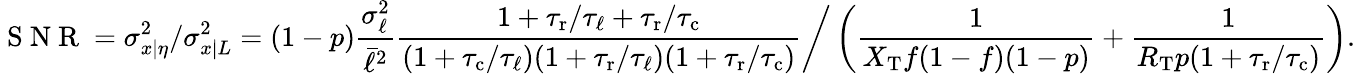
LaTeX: \mathrm{~S~N~R~}=\sigma_{x|\eta}^{2}/\sigma_{x|L}^{2}=(1-p)\frac{\sigma_{\ell}^{2}}{\bar{\ell}^{2}}\frac{1+{\tau_{\mathrm{r}}}/\tau_{\ell}+{\tau_{\mathrm{r}}}/{\tau_{\mathrm{c}}}}{(1+{\tau_{\mathrm{c}}}/\tau_{\ell})(1+{\tau_{\mathrm{r}}}/\tau_{\ell})(1+{\tau_{\mathrm{r}}}/{\tau_{\mathrm{c}}})}\bigg/\left(\frac{1}{X_{\mathrm{T}}f(1-f)(1-p)}+\frac{1}{R_{\mathrm{T}}p(1+{\tau_{\mathrm{r}}}/{\tau_{\mathrm{c}}})}\right).